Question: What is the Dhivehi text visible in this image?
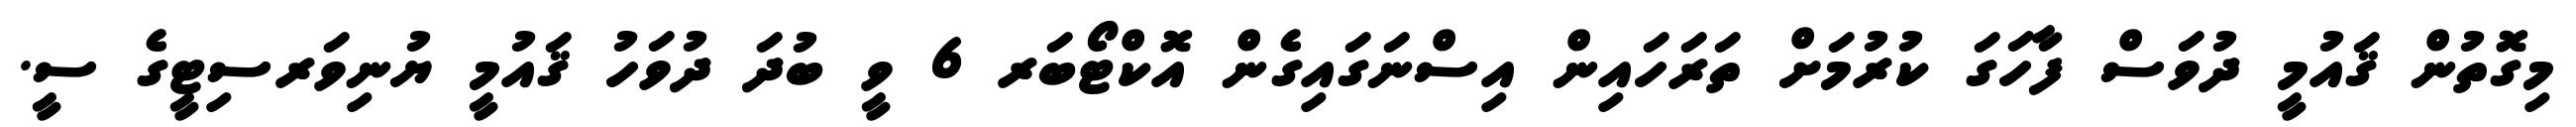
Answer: މިގޮތުން ޤައުމީ ދުވަސް ފާހަގަ ކުރުމަށް ތަރަހައިން އިސްނަގައިގެން އޮކްޓޯބަރ 6 ވީ ބުދަ ދުވަހު ޤައުމީ ޔުނިވަރސިޓީގެ ސީ.